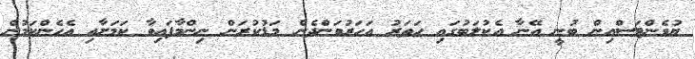
ޔުވެންޓަސްއިން ބުނީ އޭނާ އެކުލަބުގައި ހަތަރު އަހަރުވަންދެން މަޑުކުރަން ނިންމާފައިވާ ކަމަށާއި އެހެންކަމުން